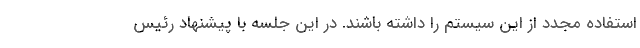
استفاده مجدد از این سیستم را داشته باشند. در این جلسه با پیشنهاد رئیس